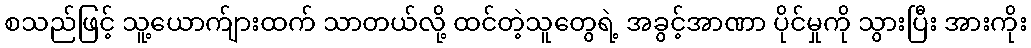
စသည်ဖြင့် သူ့ယောက်ျားထက် သာတယ်လို့ ထင်တဲ့သူတွေရဲ့ အခွင့်အာဏာ ပိုင်မှုကို သွားပြီး အားကိုး